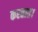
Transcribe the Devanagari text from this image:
करतात।